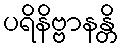
ပရိနိဗ္ဗာနန္တိ